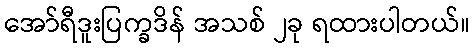
အော်ရီဒူးပြက္ခဒိန် အသစ် ၂ခု ရထားပါတယ်။